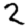
Digit: 2